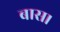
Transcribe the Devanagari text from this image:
बास।